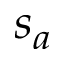
s _ { a }